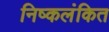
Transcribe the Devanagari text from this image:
निष्कलंकित